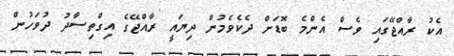
އެކު ރާއްޖޭގައި ވެސް އެންމެ ބޮޑަށް ދެކެވެމުން ދިޔައީ ރާއްޖޭގެ އިގްތިސާދު ދުވަހުން